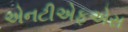
એનટીએફએસ